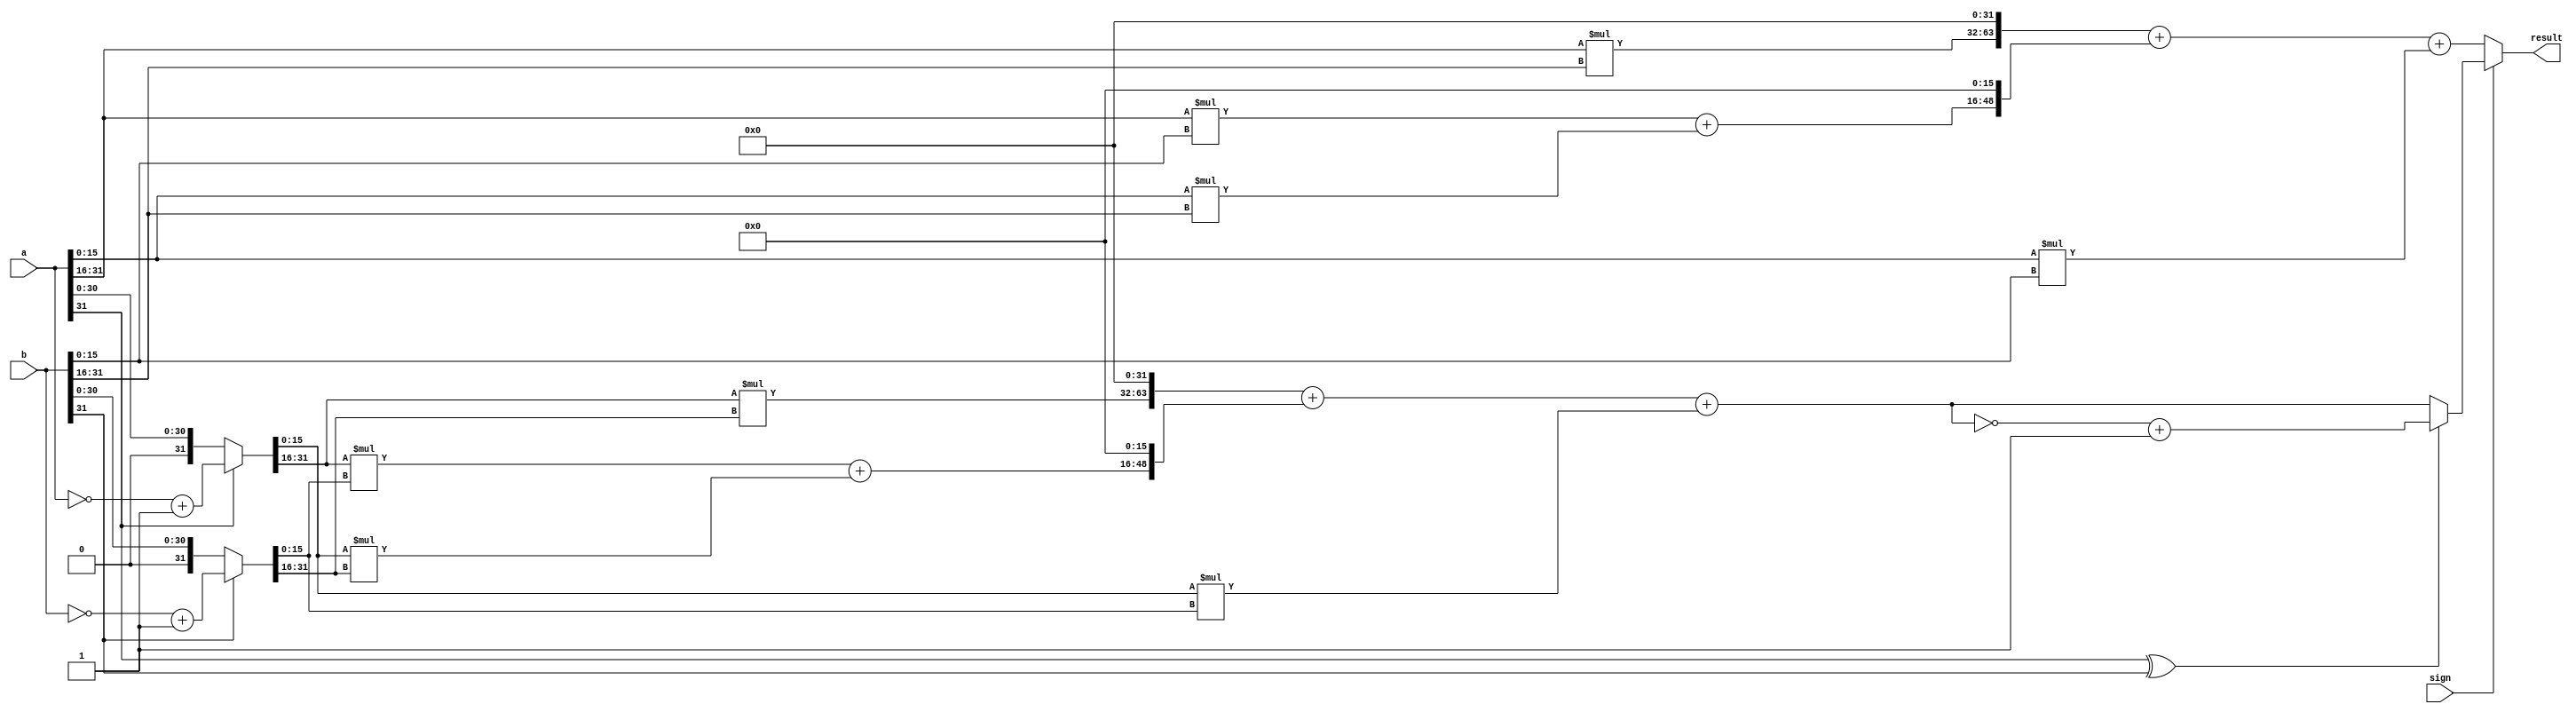
module mul(
    input [31:0]        a,
    input [31:0]        b,
    input               sign,
    output [63:0]       result
);
    
    wire [15:0] a_low, a_low_abs, a_high, a_high_abs, 
                b_low, b_low_abs, b_high, b_high_abs;
    wire [63:0] p1, p1_abs, p2, p2_abs, p3, p3_abs, p4, p4_abs;
    wire sign_a = a[31];
    wire sign_b = b[31];

    wire [31:0] abs_a = sign_a ? ((~a)+1) : a;
    wire [31:0] abs_b = sign_b ? ((~b)+1) : b;

    assign a_low_abs = abs_a[15:0];
    assign a_high_abs = abs_a[31:16];
    assign b_low_abs = abs_b[15:0];
    assign b_high_abs = abs_b[31:16];

    assign p1_abs = a_low_abs * b_low_abs;
    assign p2_abs = a_low_abs * b_high_abs;
    assign p3_abs = a_high_abs * b_low_abs;
    assign p4_abs = a_high_abs * b_high_abs;

    assign a_low = a[15:0];
    assign a_high = a[31:16];
    assign b_low = b[15:0];
    assign b_high = b[31:16];

    assign p1 = a_low * b_low;
    assign p2 = a_low * b_high;
    assign p3 = a_high * b_low;
    assign p4 = a_high * b_high;

    wire [63:0] abs_result = (p4_abs<<32)+((p3_abs + p2_abs)<<16)+p1_abs;

    wire [63:0] signed_result = (sign_a ^ sign_b) ? ((~abs_result)+1) : abs_result;


    assign result = sign ? signed_result : ((p4<<32)+((p3 + p2)<<16)+p1);

endmodule